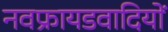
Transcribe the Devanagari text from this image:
नवफ्रायडवादियों